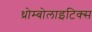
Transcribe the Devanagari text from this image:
थ्रोम्बोलाइटिक्स